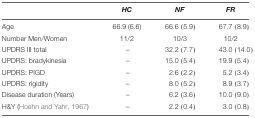
<table><thead><tr><td></td><td><b><i>HC</i></b></td><td><b><i>NF</i></b></td><td><b><i>FR</i></b></td></tr></thead><tbody><tr><td>Age</td><td>66.9 (6.6)</td><td>66.6 (5.9)</td><td>67.7 (8.9)</td></tr><tr><td>Number Men/Women</td><td>11/2</td><td>10/3</td><td>10/2</td></tr><tr><td>UPDRS III total</td><td>–</td><td>32.2 (7.7)</td><td>43.0 (14.0)</td></tr><tr><td>UPDRS: bradykinesia</td><td>–</td><td>15.0 (5.4)</td><td>19.9 (5.4)</td></tr><tr><td>UPDRS: PIGD</td><td>–</td><td>2.6 (2.2)</td><td>5.2 (3.4)</td></tr><tr><td>UPDRS: rigidity</td><td>–</td><td>8.0 (5.2)</td><td>8.9 (3.7)</td></tr><tr><td>Disease duration (Years)</td><td>–</td><td>6.2 (3.6)</td><td>10.0 (9.0)</td></tr><tr><td>H&amp;Y (Hoehn and Yahr, 1967)</td><td>–</td><td>2.2 (0.4)</td><td>3.0 (0.8)</td></tr></tbody></table>